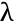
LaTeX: \uplambda